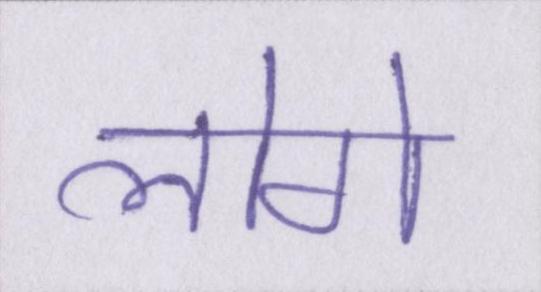
लोगे